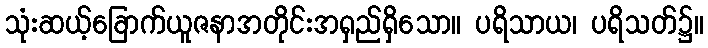
သုံးဆယ့်ခြောက်ယူဇနာအတိုင်းအရှည်ရှိသော။ ပရိသာယ၊ ပရိသတ်၌။